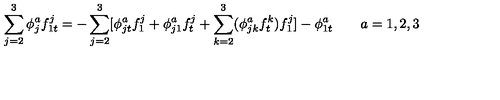
\sum _ { j = 2 } ^ { 3 } \phi _ { j } ^ { a } f _ { 1 t } ^ { j } = - \sum _ { j = 2 } ^ { 3 } [ \phi _ { j t } ^ { a } f _ { 1 } ^ { j } + \phi _ { j 1 } ^ { a } f _ { t } ^ { j } + \sum _ { k = 2 } ^ { 3 } ( \phi _ { j k } ^ { a } f _ { t } ^ { k } ) f _ { 1 } ^ { j } ] - \phi _ { 1 t } ^ { a } \quad \quad a = 1 , 2 , 3